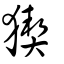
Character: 猰